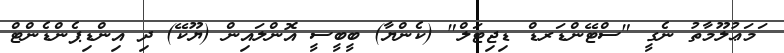
ަމަޢުލޫމާތު ނެގީ "ސްޓޭންޑަރޑް ޑިޖިޓަލް" (ކެންޔާ) ބީބީސީ އޮންލައިން (ޔޫކޭ) ދި އިންޑިޕެންޑެންޓް